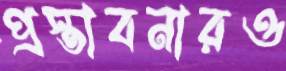
প্রস্তাবনারও